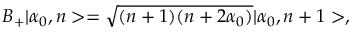
B _ { + } | \alpha _ { 0 } , n > = \sqrt { ( n + 1 ) ( n + 2 \alpha _ { 0 } ) } | \alpha _ { 0 } , n + 1 > ,